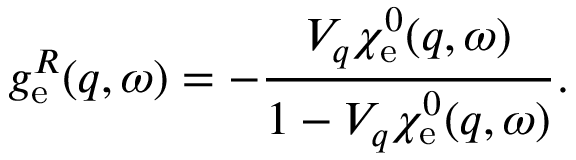
g _ { \mathrm { e } } ^ { R } ( q , \omega ) = - \frac { V _ { q } \chi _ { \mathrm { e } } ^ { 0 } ( q , \omega ) } { 1 - V _ { q } \chi _ { \mathrm { e } } ^ { 0 } ( q , \omega ) } .